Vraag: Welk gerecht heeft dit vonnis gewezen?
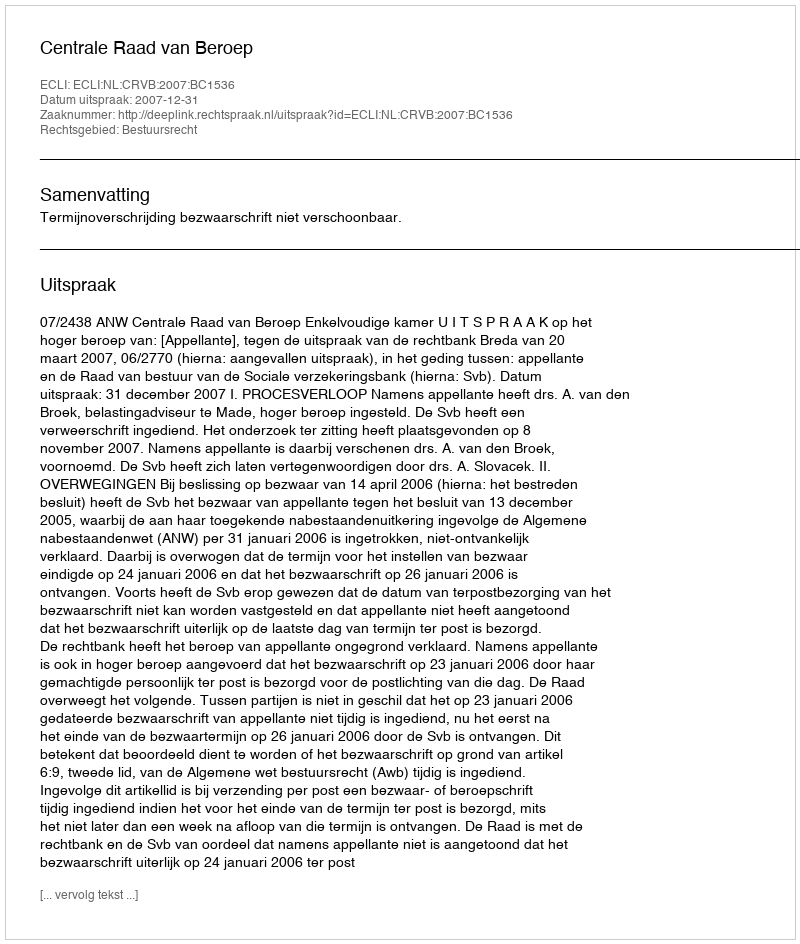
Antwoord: Centrale Raad van Beroep